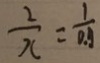
\frac { 2 } { x } = \frac { 1 } { 0 . 9 }